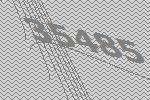
35485